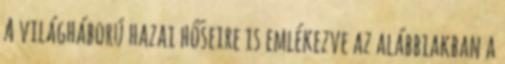
A világháború hazai hőseire is emlékezve az alábbiakban a